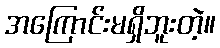
အကြောင်းမရှိဘူးတဲ့။